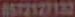
0572127132